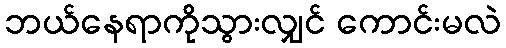
ဘယ်နေရာကိုသွားလျှင် ကောင်းမလဲ